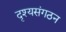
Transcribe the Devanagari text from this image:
दृश्यसंगठन